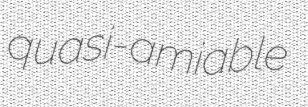
quasi-amiable